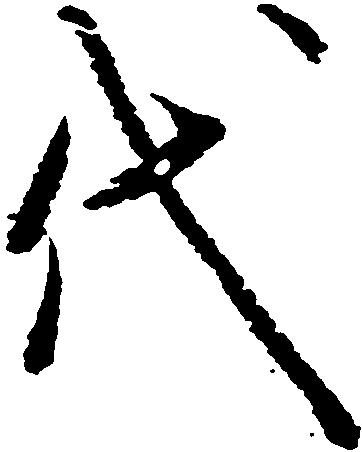
代